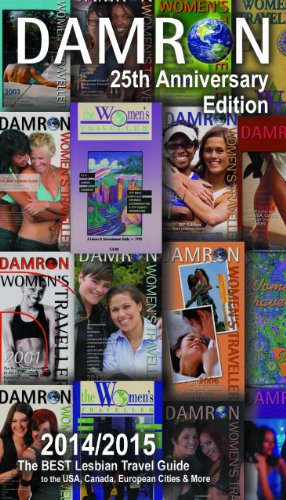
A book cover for Damron Women's Traveller: 25th Edition; Gina M. Gatta; Gay & Lesbian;